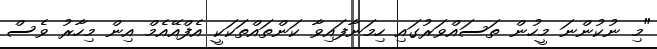
"މި ނުކުންނަ މީހުން ތަސައްވަރުގައި ހިމަނާފައިވާ ކަންތައްތަކަކީ އެފްއޭއެމް އިން މިހާރު ވެސް